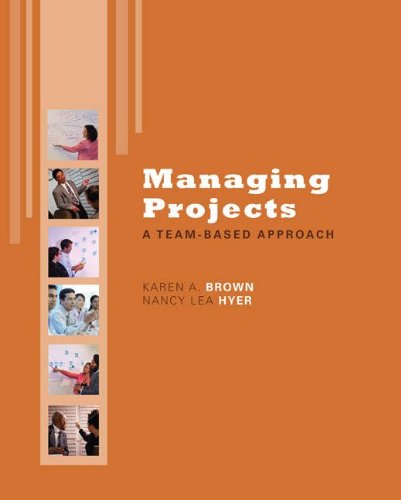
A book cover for Managing Projects: A Team-Based  Approach with Student CD (McGraw-Hill/Irwin Series Operations and Decision Sciences); Karen Brown; Business & Money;